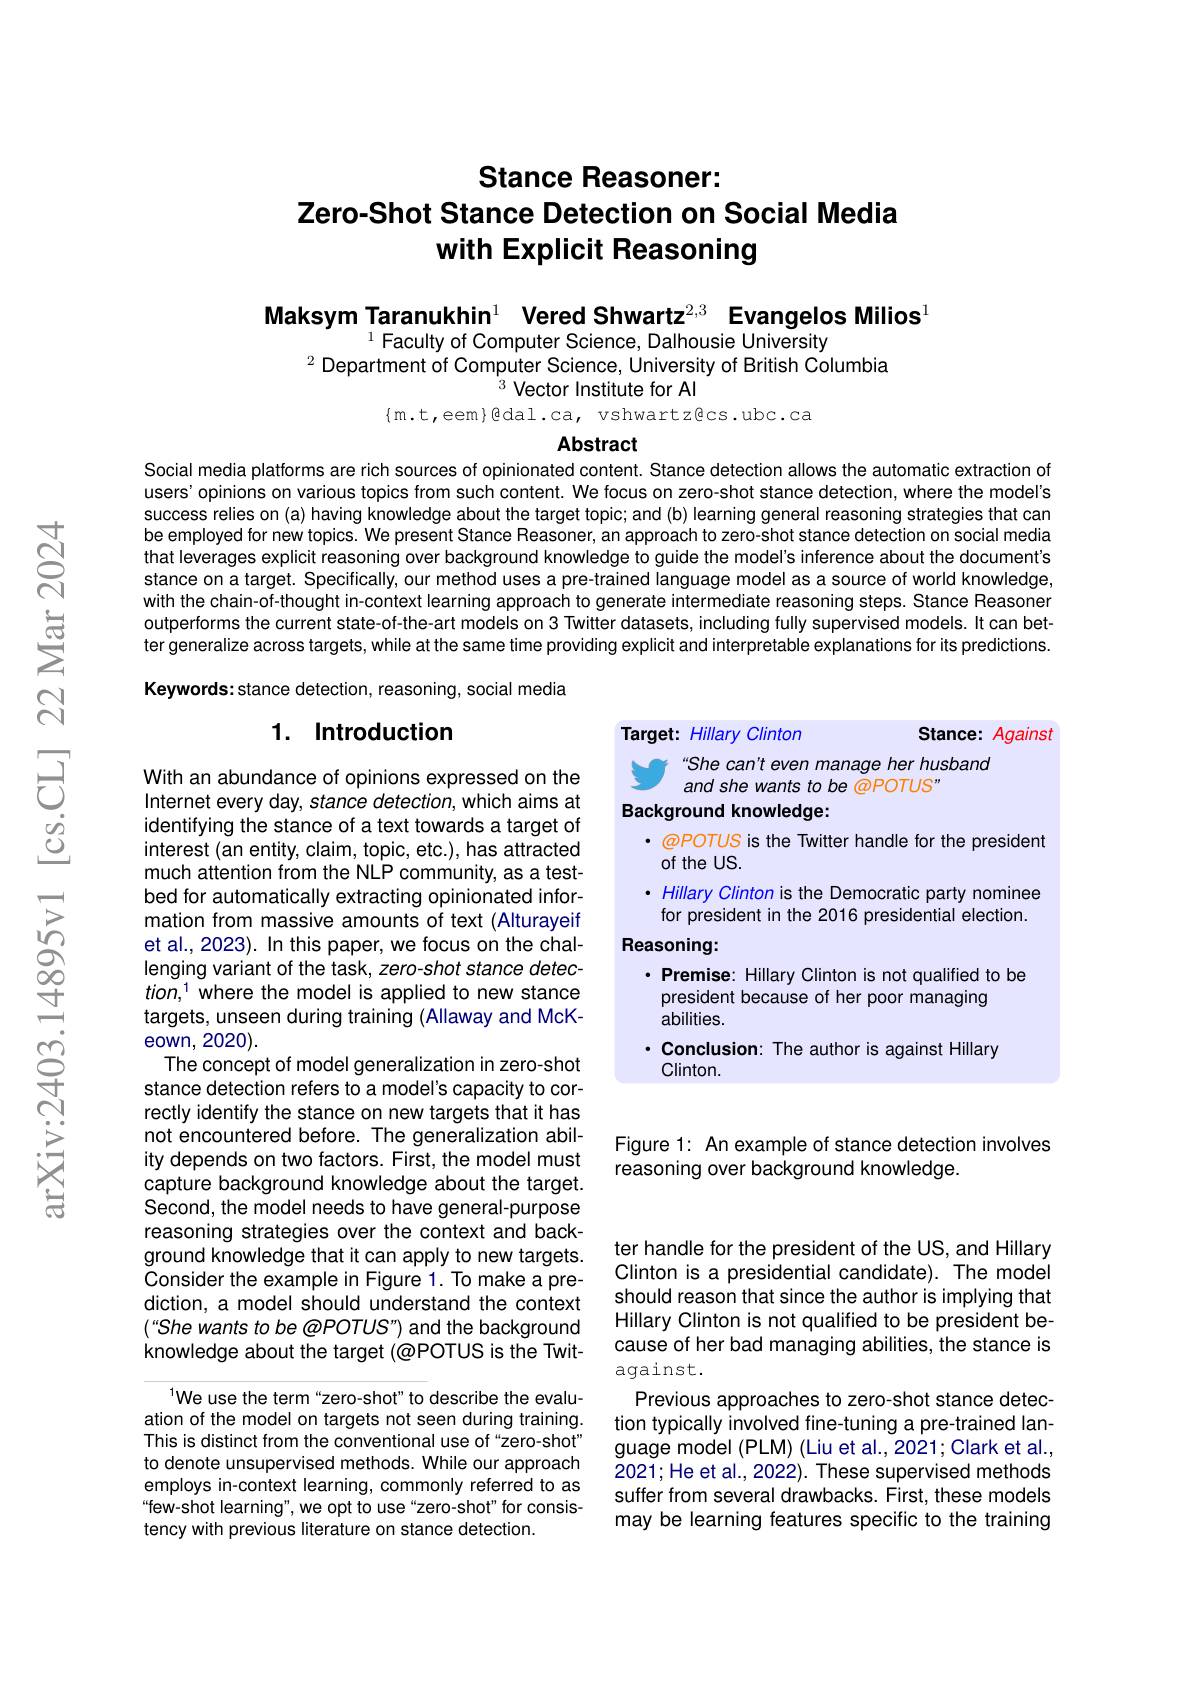
# Stance Reasoner: Zero-Shot Stance Detection on Social Media with Explicit Reasoning

Maksym Taranukhin$^{1}$ Vered Shwartz$^{2,3}$ Evangelos Milios$^{1}$
$^{1}$Faculty of Computer Science, Dalhousie University
$^{2}$ Department of Computer Science, University of British Columbia
$^{3}$ Vector Institute for Al
$\{$m.t,eem$\}$gdal.ca, vshwartz@cs.ubc.ca

Abstract
Social media platforms are rich sources of opinionated content. Stance detection allows the automatic extraction of

users' opinions on various topics from such content. We focus on zero-shot stance detection, where the model's success relies on (a) having knowledge about the target topic; and (b) learning general reasoning strategies that can be employed for new topics. We present Stance Reasoner, an approach to zero-shot stance detection on social media that leverages explicit reasoning over background knowledge to guide the model's inference about the document's stance on a target. Specifically, our method uses a pre-trained language model as a source of world knowledge, with the chain-of-thought in-context learning approach to generate intermediate reasoning steps. Stance Reasoner outperforms the current state-of-the-art models on 3 Twitter datasets, including fully supervised models. It can better generalize across targets, while at the same time providing explicit and interpretable explanations for its predictions. Keywords: stance detection, reasoning, social media

### 1. Introduction

Stance: Against

Target: Hillary Clinton
She can't even manage her husband
and she wants to be @POTUS"
Background knowledge:
· @POTUS is the Twitter handle for the president
of the US.
· Hillary Clinton is the Democratic party nominee for president in the 2016 presidential election.
Reasoning:
· Premise: Hillary Clinton is not qualified to be
president because of her poor managing
abilities.
$\cdot$ Conclusion: The author is against Hillary
$Clinton.$

With an abundance of opinions expressed on the Internet every day, stance detection, which aims at identifying the stance of a text towards a target of interest (an entity, claim, topic, etc.), has attracted much attention from the NLP community, as a testbed for automatically extracting opinionated information from massive amounts of text (Alturayeif et al., 2023). In this paper, we focus on the challenging variant of the task, zero-shot stance detec- $tion,^{1}$ where the model is applied to new stance targets, unseen during training (Allaway and McKeown, 2020).
The concept of model generalization in zero-shot stance detection refers to a model's capacity to correctly identify the stance on new targets that it has not encountered before. The generalization ability depends on two factors. First, the model must capture background knowledge about the target. Second, the model needs to have general-purpose reasoning strategies over the context and background knowledge that it can apply to new targets. Consider the example in Figure 1. To make a prediction, a model should understand the context (“She wants to be @POTUS") and the background knowledge about the target (@POTUS is the Twit-

Figure 1: An example of stance detection involves
reasoning over background knowledge.

ter handle for the president of the US, and Hillary Clinton is a presidential candidate). The model should reason that since the author is implying that Hillary Clinton is not qualified to be president because of her bad managing abilities, the stance is against.
Previous approaches to zero-shot stance detection typically involved fine-tuning a pre-trained language model (PLM) (Liu et al., 2021; Clark et al., 2021; He et al., 2022). These supervised methods suffer from several drawbacks. First, these models may be learning features specific to the training

$^{1}$We use the term“zero-shot”to describe the evaluation of the model on targets not seen during training. This is distinct from the conventional use of“zero-shot” to denote unsupervised methods. While our approach employs in-context learning, commonly referred to as “few-shot learning", we opt to use"zero-shot" for consistency with previous literature on stance detection.